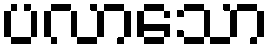
ပလာသော